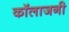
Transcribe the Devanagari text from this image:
कॉलाजनी